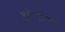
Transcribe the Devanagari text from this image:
वर्तणुकीशी